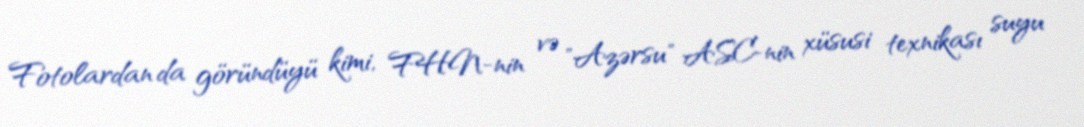
Fotolardan da göründüyü kimi, FHN-nin və "Azərsu" ASC-nin xüsusi texnikası suyu